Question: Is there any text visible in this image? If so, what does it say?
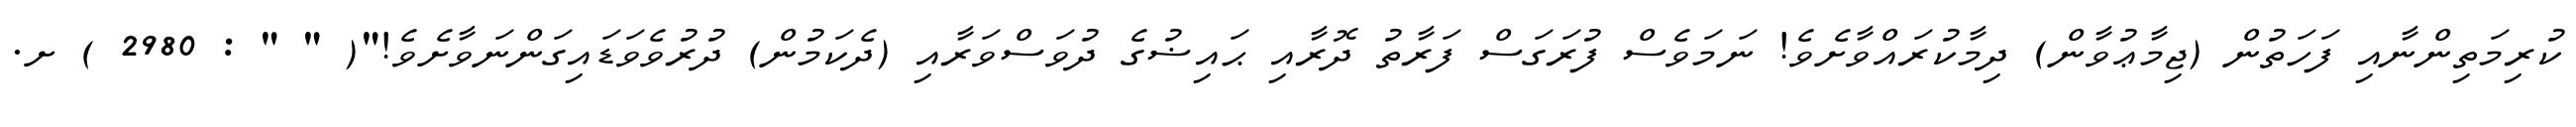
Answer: ކުރިމަތިންނާއި ފަހަތުން (ޖިމާޢުވާން) ދިމާކުރައްވާށެވެ! ނަމަވެސް ފުރަގަސް ފަރާތު ދޮރާއި ޙައިޟުގެ ދުވަސްވަރާއި (ދެކަމުން) ދުރުވެވަޑައިގަންނަވާށެވެ!"( " " : 2980 ) ށ.